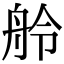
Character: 舲